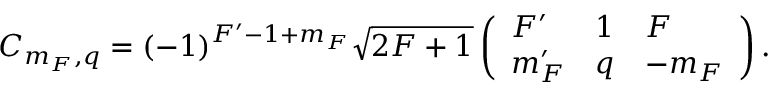
C _ { m _ { F } , q } = ( - 1 ) ^ { F ^ { \prime } - 1 + m _ { F } } \sqrt { 2 F + 1 } \left( \begin{array} { l l l } { F ^ { \prime } } & { 1 } & { F } \\ { m _ { F } ^ { \prime } } & { q } & { - m _ { F } } \end{array} \right) .